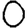
Digit: 0